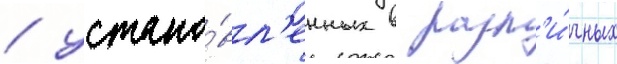
/ устано́вл'енных в разл'и́чных